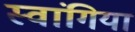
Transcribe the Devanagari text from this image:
स्वांगिया